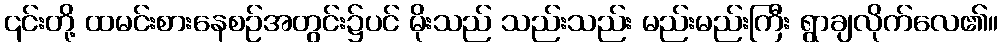
၎င်းတို့ ထမင်းစားနေစဉ်အတွင်း၌ပင် မိုးသည် သည်းသည်း မည်းမည်းကြီး ရွာချလိုက်လေ၏။